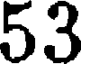
53